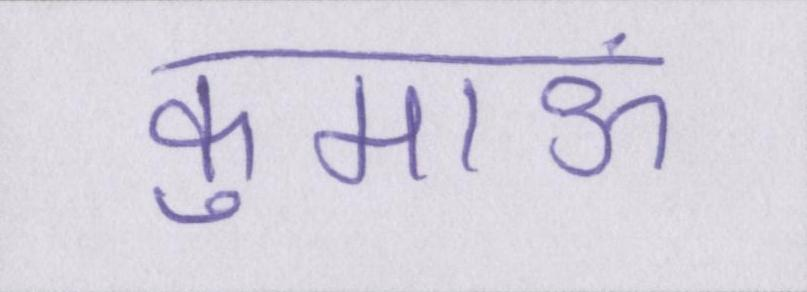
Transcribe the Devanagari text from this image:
कुमाऊं